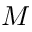
M